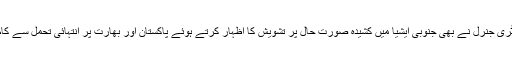
اقوامِ متحدہ کے سیکریٹری جنرل نے بھی جنوبی ایشیا میں کشیدہ صورتِ حال پر تشویش کا اظہار کرتے ہوئے پاکستان اور بھارت پر انتہائی تحمل سے کام لینے پر زور دیا ہے۔